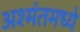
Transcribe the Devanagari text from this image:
अश्मंतमध्ये